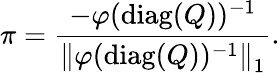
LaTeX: \pi={\frac{-\varphi(\operatorname{diag}(Q))^{-1}}{\left\| \varphi(\operatorname{diag}(Q))^{-1}\right\| _{1}}}.